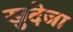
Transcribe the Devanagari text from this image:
खुदेजा